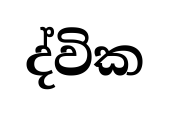
ද්වික